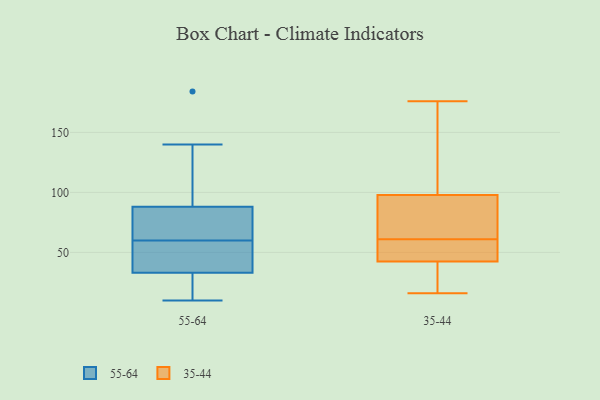
{"axis": {"x": "Shipments", "y": "Value"}, "legend": ["35-44", "55-64"], "data": [{"x": "", "y": 184, "type": "55-64"}, {"x": "", "y": 140, "type": "55-64"}, {"x": "", "y": 33, "type": "55-64"}, {"x": "", "y": 86, "type": "55-64"}, {"x": "", "y": 10, "type": "55-64"}, {"x": "", "y": 124, "type": "55-64"}, {"x": "", "y": 67, "type": "55-64"}, {"x": "", "y": 10, "type": "55-64"}, {"x": "", "y": 49, "type": "55-64"}, {"x": "", "y": 48, "type": "55-64"}, {"x": "", "y": 83, "type": "55-64"}, {"x": "", "y": 16, "type": "55-64"}, {"x": "", "y": 53, "type": "55-64"}, {"x": "", "y": 88, "type": "55-64"}, {"x": "", "y": 77, "type": "35-44"}, {"x": "", "y": 16, "type": "35-44"}, {"x": "", "y": 41, "type": "35-44"}, {"x": "", "y": 85, "type": "35-44"}, {"x": "", "y": 49, "type": "35-44"}, {"x": "", "y": 47, "type": "35-44"}, {"x": "", "y": 125, "type": "35-44"}, {"x": "", "y": 97, "type": "35-44"}, {"x": "", "y": 35, "type": "35-44"}, {"x": "", "y": 61, "type": "35-44"}, {"x": "", "y": 176, "type": "35-44"}, {"x": "", "y": 40, "type": "35-44"}, {"x": "", "y": 109, "type": "35-44"}, {"x": "", "y": 98, "type": "35-44"}, {"x": "", "y": 52, "type": "35-44"}]}